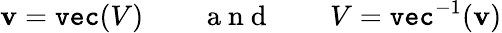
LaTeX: \mathbf{v}=\texttt{vec}(V)\quad\quad\mathrm{~a~n~d~}\quad\quad V=\texttt{vec}^{-1}(\mathbf{v})